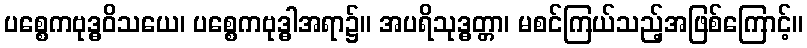
ပစ္စေကဗုဒ္ဓဝိသယေ၊ ပစ္စေကဗုဒ္ဓါအရာ၌။ အပရိသုဒ္ဓတ္တာ၊ မစင်ကြယ်သည့်အဖြစ်ကြောင့်။